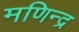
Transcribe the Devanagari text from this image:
मणिन्द्र